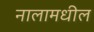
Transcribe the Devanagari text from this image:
नालामधील